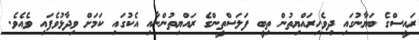
ރައީސްގެ ބަޔާނުގައި ދިވެހިރައްޔިތުން ތިބީ ފަލަސްތީންގެ ރައްޔިތުންނާއި އެކުގައި ކަމަށް ވިދާޅުވެފައި ވެއެވެ.